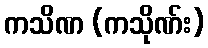
ကသိဏ (ကသိုဏ်း)